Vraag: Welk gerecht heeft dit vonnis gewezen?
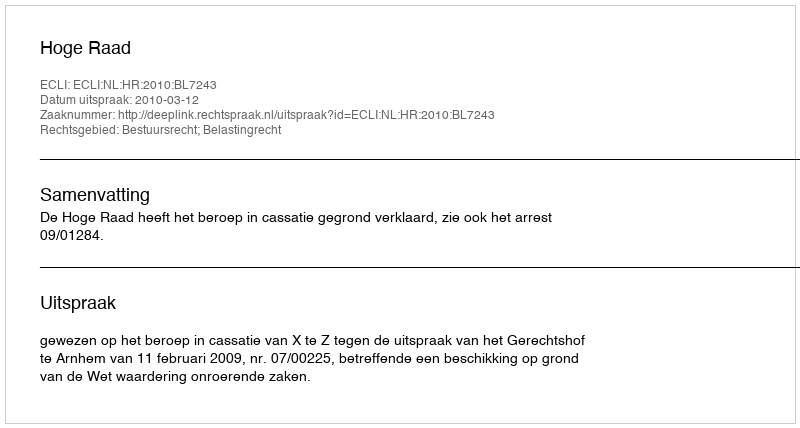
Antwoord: Hoge Raad